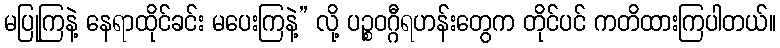
မပြုကြနဲ့ နေရာထိုင်ခင်း မပေးကြနဲ့” လို့ ပဉ္စဝဂ္ဂီရဟန်းတွေက တိုင်ပင် ကတိထားကြပါတယ်။